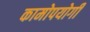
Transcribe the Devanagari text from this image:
कामोपयोगी